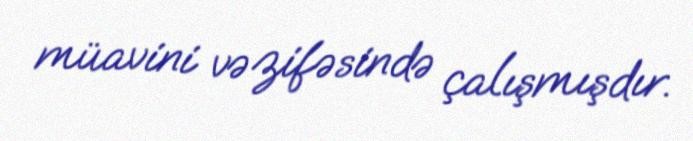
müavini vəzifəsində çalışmışdır.